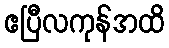
ဧပြီလကုန်အထိ